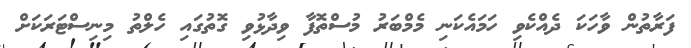
ފަރާތުން ވާހަކަ ދެއްކެވި ހަމައެކަނި މެމްބަރު މުސްތޮފާ ވިދާޅުވި ގޮތުގައި ހެލްތު މިނިސްޓަރަކަށް